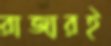
রাজারই